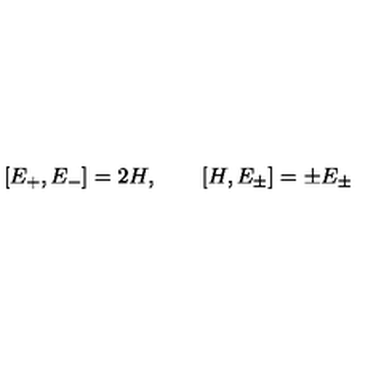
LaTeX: [ E _ { + } , E _ { - } ] = 2 H , \quad \quad [ H , E _ { \pm } ] = \pm E _ { \pm }